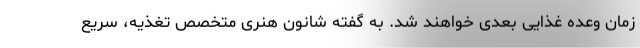
زمان وعده غذایی بعدی خواهند شد. به گفته شانون هنری متخصص تغذیه، سریع